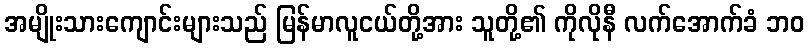
အမျိုးသားကျောင်းများသည် မြန်မာလူငယ်တို့အား သူတို့၏ ကိုလိုနီ လက်အောက်ခံ ဘဝ